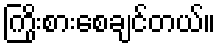
ကြိုးစားစေချင်တယ်။